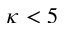
\kappa < 5